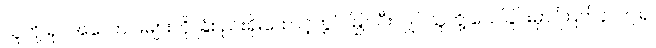
သူတို့ ရုပ်အလောင်းများကို ခြံစည်းရိုးထောင့်တွင် မြှုပ်ပီးလျှင်သူတို့ သေခြင်းမှာ ကြက်နာကျ၍